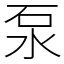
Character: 泵